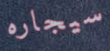
سيجاره